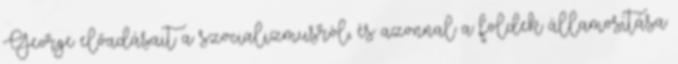
George előadásait a szocializmusról, és azonnal a földek államosítása